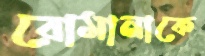
রোমানাকে